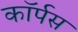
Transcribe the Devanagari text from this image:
काॅर्पस